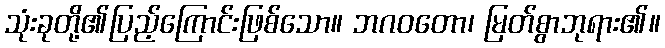
သုံးခုတို့၏ပြည့်ကြောင်းဖြစ်သော။ ဘဂဝတော၊ မြတ်စွာဘုရား၏။